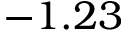
- 1 . 2 3